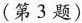
（第3题）